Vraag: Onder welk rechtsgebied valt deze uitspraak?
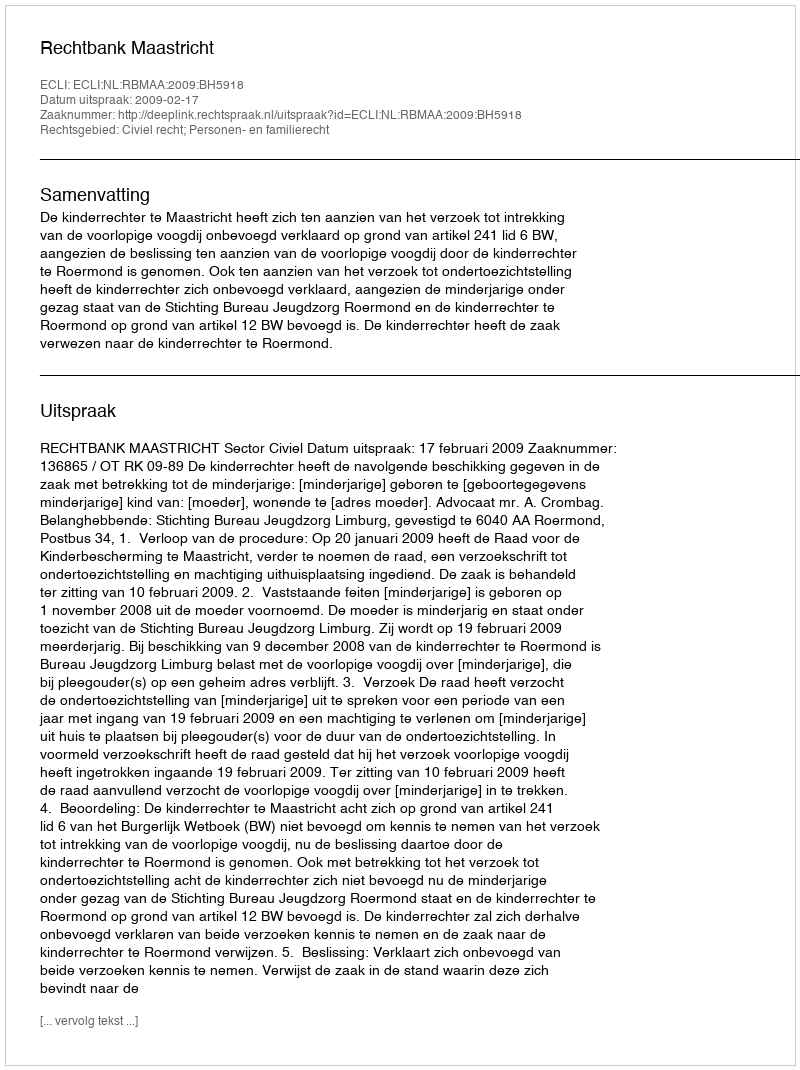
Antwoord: Civiel recht; Personen- en familierecht